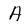
Character: A